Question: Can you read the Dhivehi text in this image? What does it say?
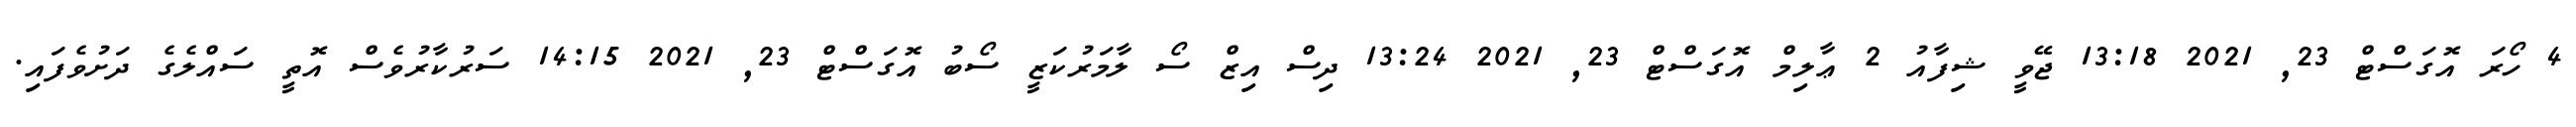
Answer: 4 ހޯރަ އޮގަސްޓް 23, 2021 13:18 ޖޭވީ ޝިފާއު 2 ޢާލިމް އޮގަސްޓް 23, 2021 13:24 ދިސް އިޒް ސޯ ލާމަރުކަޒީ ސޯބު އޮގަސްޓް 23, 2021 14:15 ސަރުކާރުވެސް އޮތީ ސައްލެގެ ދަށުވެފައި.